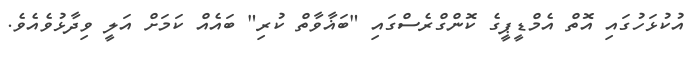
އުކުޅަހުގައި އޮތް އެމްޑީޕީގެ ކޮންގްރެސްގައި "ބަޣާވާތް ކުރި" ބައެއް ކަމަށް އަލީ ވިދާޅުވެއެވެ.